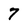
Character: 7